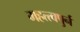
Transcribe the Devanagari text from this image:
महत्त्वपुर्न